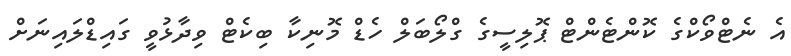
އެ ނެޓްވޯކްގެ ކޮންޓެންޓް ޕޮލިސީގެ ގްލޯބަލް ހެޑް މޮނިކާ ބިކެޓް ވިދާޅުވީ ގައިޑްލައިނަށް